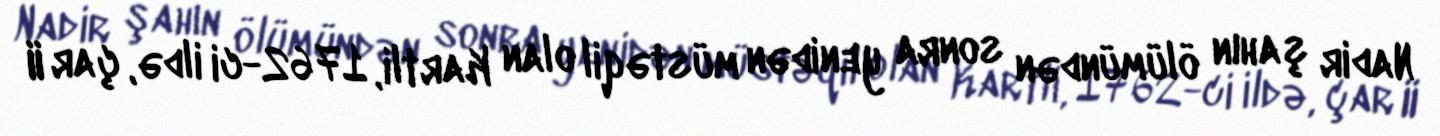
Nadir şahın ölümündən sonra yenidən müstəqil olan Kartli, 1762-ci ildə, çar II